Annual report of the Central Committee of the Association together with the report of the directors of the Pasteur Institute at Kasauli
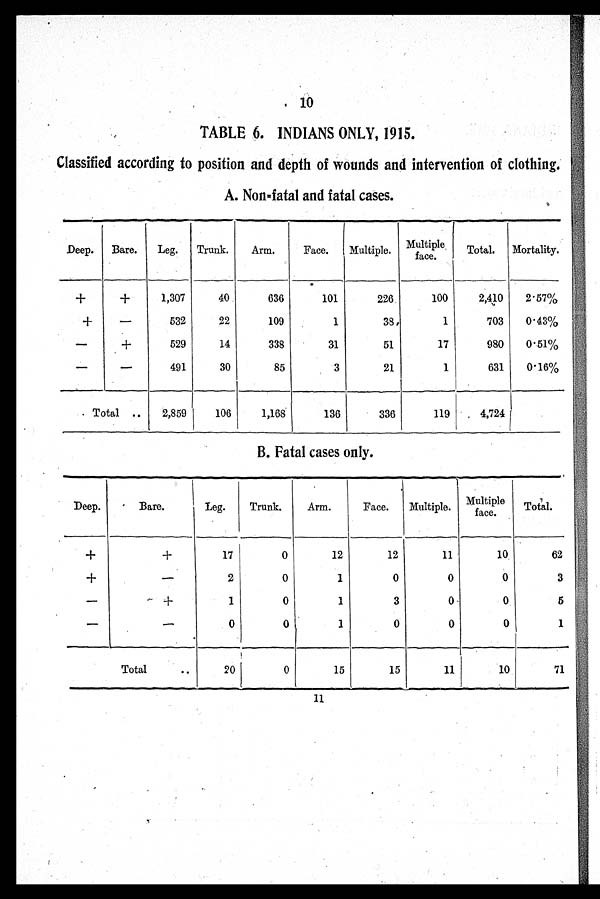
10
TABLE 6. INDIANS ONLY, 1915.
Classified according to position and depth of wounds and intervention of clothing.
A. Non-fatal and fatal cases.
Deep.
Bare.
Leg.
Trunk.
Arm.
Face.
Multiple. Multiple
face.
Total.
Mortality.
+
+
1,307
40
636
101
226
100
2,410
2·57%
+
—
532
22
109
1
38
1
703
0· 43%
—
+
529
14
338
31
51
17
980
0·51%
—
—
491
30
85
3
21
1
631
0· 16%
Total ..
2,859
106
1,168
136
336
119
4,724
B. Fatal cases only.
Deep.
Bare.
Leg.
Trunk.
Arm.
Face.
Multiple. Multiple face.
Total.
+
+
17
0
12
12
11
10
62
+
—
2
0
1
0
0
0
3
—
+
1
0
1
3
0
0
5
—
—
0
0
1
0
0
0
1
Total
..
20
0
15
15
11
10
71
11